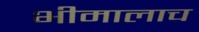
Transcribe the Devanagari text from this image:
भीमालाच